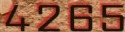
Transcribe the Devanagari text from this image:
४२६५